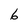
Character: 6